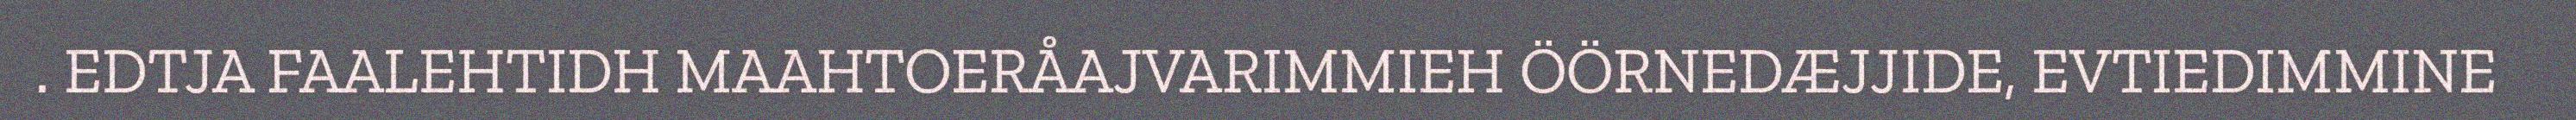
. EDTJA FAALEHTIDH MAAHTOERÅAJVARIMMIEH ÖÖRNEDÆJJIDE, EVTIEDIMMINE